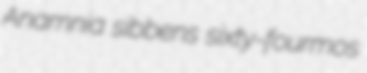
Anamnia sibbens sixty-fourmos